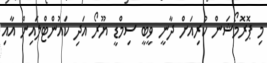
މި ޕޮރޮމޯޝަން ކުރިއަށް ދާނީ ވީބީ ސިމްޑީ ޔޫރޯ އަދި ކައުންޓްލައިން އާއި